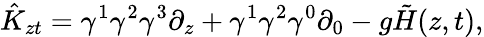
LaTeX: \hat{K}_{zt}=\gamma^{1}\gamma^{2}\gamma^{3}\partial_{z}+\gamma^{1}\gamma^{2}\gamma^{0}\partial_{0}-g\tilde{H}(z,t),